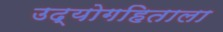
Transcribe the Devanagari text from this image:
उद्योगहिताला